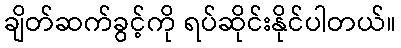
ချိတ်ဆက်ခွင့်ကို ရပ်ဆိုင်းနိုင်ပါတယ်။